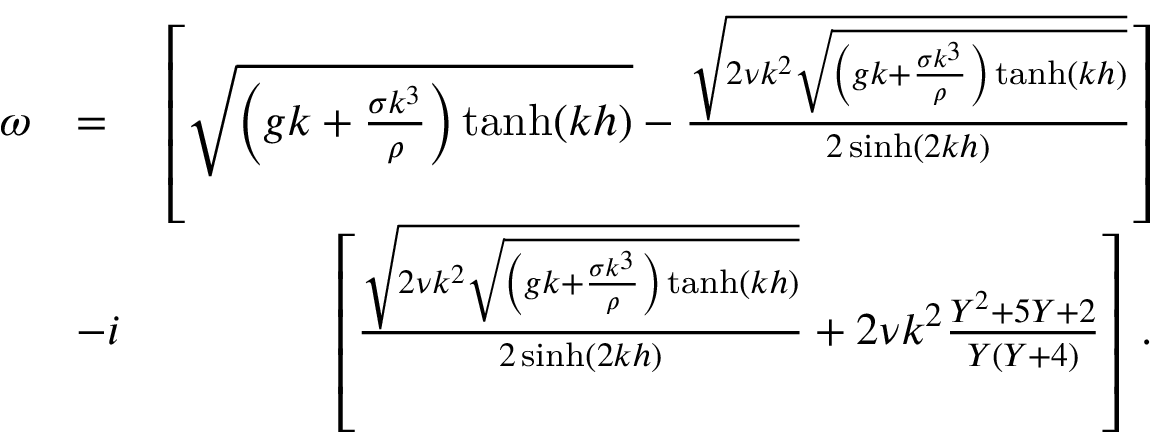
\begin{array} { r l r } { \omega } & { = } & { \left[ \sqrt { \left( g k + \frac { \sigma k ^ { 3 } } { \rho } \right) \operatorname { t a n h } ( k h ) } - \frac { \sqrt { 2 \nu k ^ { 2 } \sqrt { \left( g k + \frac { \sigma k ^ { 3 } } { \rho } \right) \operatorname { t a n h } ( k h ) } } } { 2 \sinh ( 2 k h ) } \right] } \\ & { - i } & { \left[ \frac { \sqrt { 2 \nu k ^ { 2 } \sqrt { \left( g k + \frac { \sigma k ^ { 3 } } { \rho } \right) \operatorname { t a n h } ( k h ) } } } { 2 \sinh ( 2 k h ) } + 2 \nu k ^ { 2 } \frac { Y ^ { 2 } + 5 Y + 2 } { Y ( Y + 4 ) } \right] \; . } \end{array}